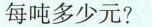
每吨多少元?